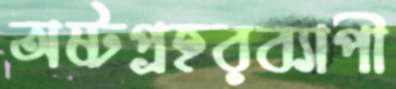
অষ্টপ্রহরব্যাপী